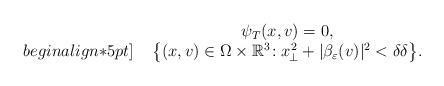
LaTeX: \begin{align*} \begin{array}{rcl} & \psi_T(x,v)=0, & \\begin{align*}5pt] \; & \big\{ (x,v)\in\Omega\times\mathbb{R}^3 \!: x_{\!\perp}^{ 2} + |\beta_\varepsilon(v)|^2 < \delta \delta \big\}. & \end{array} \end{align*}